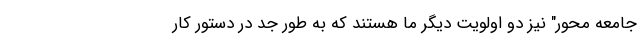
جامعه محور" نیز دو اولویت دیگر ما هستند که به طور جد در دستور کار